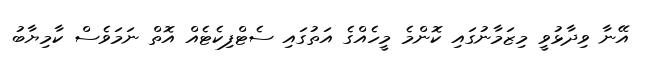
އޭނާ ވިދާޅުވީ މިޒަމާނުގައި ކޮންމެ މީހެއްގެ އަތުގައި ސެޓްފިކެޓެއް އޮތް ނަމަވެސް ކާމިޔާބު